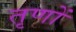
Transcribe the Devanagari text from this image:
तृणों